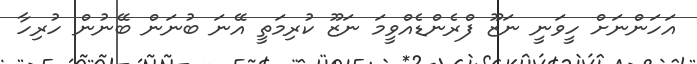
އަހަންނަށް ހީވަނީ ނަޒޫ ފްރެންޑެއްވީމަ ނަޒޫ ކުރިމަތީ އޭނަ ބުނަން ބޭނުން ހުރިހާ